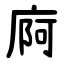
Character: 㢌